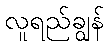
လူရည်ချွန်